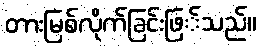
တားမြစ်လိုက်ခြင်းဖြ်သည်။